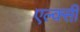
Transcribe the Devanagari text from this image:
एल्क्सी